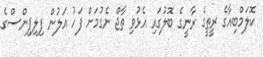
ކޮލަމްބިއާގެ ރީތީގެ ރާނީގެ ބޮލުގައި އެޅުވި ތާޖް ނެގުމަށް ފަހު އަލުން ފިލިޕިންސްގެ